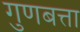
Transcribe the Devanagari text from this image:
गुणबत्ता